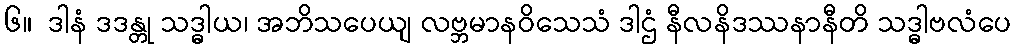
၆။  ဒါနံ ဒဒန္တု သဒ္ဓါယ၊ အဘိသပေယျ လဗ္ဘမာနဝိသေသံ ဒါဌံ နီလနိဒဿနာနီတိ သဒ္ဓါဗလံပေ